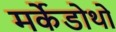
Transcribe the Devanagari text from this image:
मर्केडोथो